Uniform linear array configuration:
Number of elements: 16
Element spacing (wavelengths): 0.25
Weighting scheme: kaiser
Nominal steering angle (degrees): -45
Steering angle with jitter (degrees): -43.076
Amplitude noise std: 0.05
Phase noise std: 0.05

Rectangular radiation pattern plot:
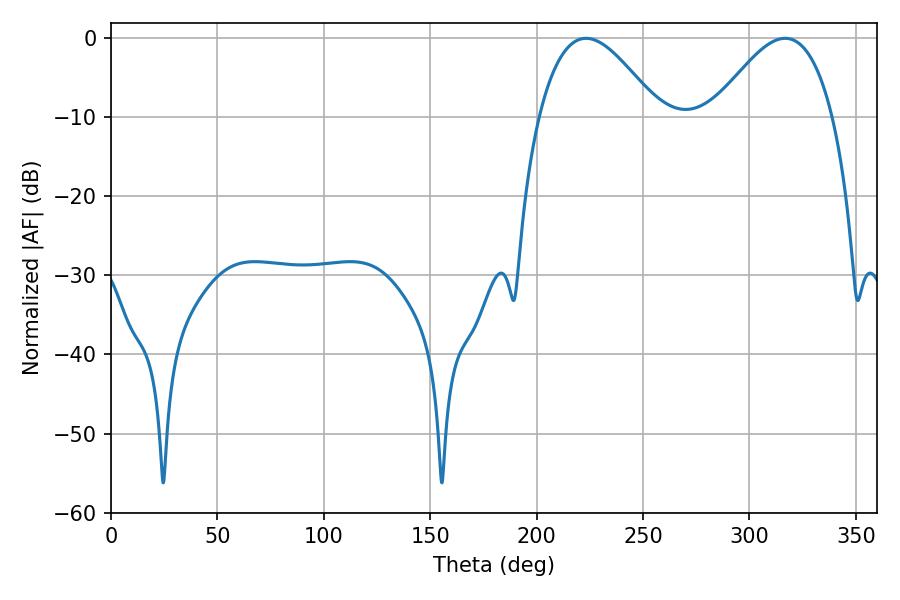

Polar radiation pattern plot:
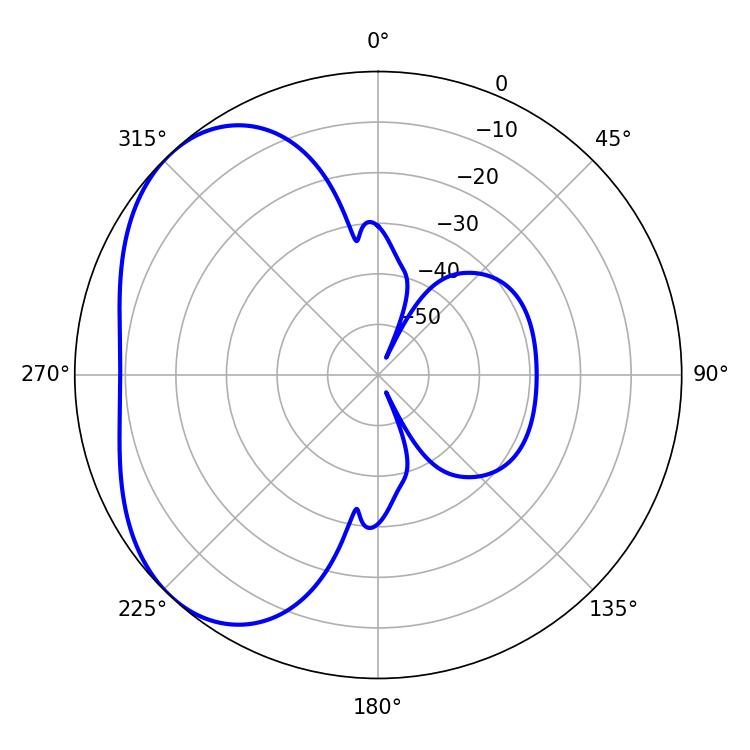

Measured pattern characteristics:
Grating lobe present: FALSE
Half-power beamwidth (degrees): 30.42
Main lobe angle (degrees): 223.2